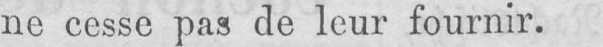
ne cesse pas de leur fournir.